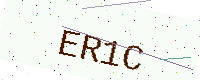
Text: ER1C